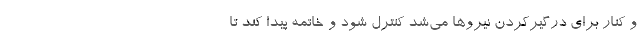
و کنار برای درگیرکردن نیروها می‌شد کنترل شود و خاتمه پیدا کند تا